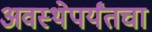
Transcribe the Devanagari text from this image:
अवस्थेपर्यंतचा